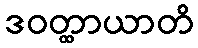
ဒဝတ္ထာယာတိ